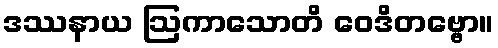
ဒဿနာယ ဩကာသောတိ ဝေဒိတဗ္ဗော။